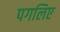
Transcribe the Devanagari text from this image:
पगलिए